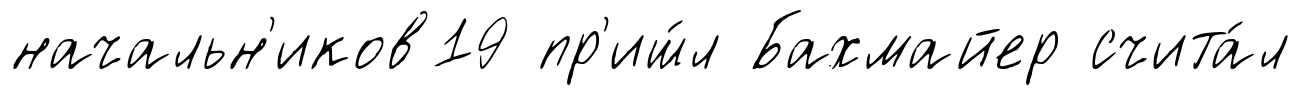
начальн'иков19 пр'иш́л Бахмайер счита́л